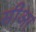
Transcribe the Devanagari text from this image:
सीअर